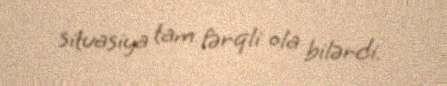
situasiya tam fərqli ola bilərdi.